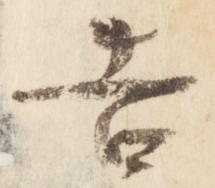
告